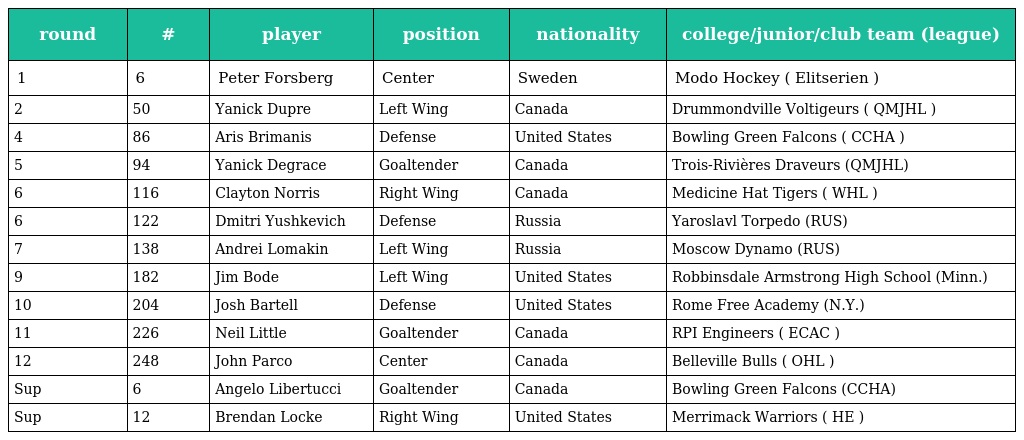
| round | # | player | position | nationality | college/junior/club team (league) |
 | --- | --- | --- | --- | --- | --- |
 | 1 | 6 | Peter Forsberg | Center | Sweden | Modo Hockey ( Elitserien ) |
 | 2 | 50 | Yanick Dupre | Left Wing | Canada | Drummondville Voltigeurs ( QMJHL ) |
 | 4 | 86 | Aris Brimanis | Defense | United States | Bowling Green Falcons ( CCHA ) |
 | 5 | 94 | Yanick Degrace | Goaltender | Canada | Trois-Rivières Draveurs (QMJHL) |
 | 6 | 116 | Clayton Norris | Right Wing | Canada | Medicine Hat Tigers ( WHL ) |
 | 6 | 122 | Dmitri Yushkevich | Defense | Russia | Yaroslavl Torpedo (RUS) |
 | 7 | 138 | Andrei Lomakin | Left Wing | Russia | Moscow Dynamo (RUS) |
 | 9 | 182 | Jim Bode | Left Wing | United States | Robbinsdale Armstrong High School (Minn.) |
 | 10 | 204 | Josh Bartell | Defense | United States | Rome Free Academy (N.Y.) |
 | 11 | 226 | Neil Little | Goaltender | Canada | RPI Engineers ( ECAC ) |
 | 12 | 248 | John Parco | Center | Canada | Belleville Bulls ( OHL ) |
 | Sup | 6 | Angelo Libertucci | Goaltender | Canada | Bowling Green Falcons (CCHA) |
 | Sup | 12 | Brendan Locke | Right Wing | United States | Merrimack Warriors ( HE ) |